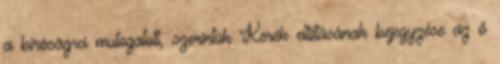
a bíróságra mutogatott, szerintük Kerék eltiltásának bejegyzése az ő